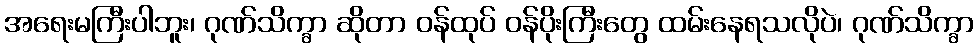
အရေးမကြီးပါဘူး၊ ဂုဏ်သိက္ခာ ဆိုတာ ဝန်ထုပ် ဝန်ပိုးကြီးတွေ ထမ်းနေရသလိုပဲ၊ ဂုဏ်သိက္ခာ